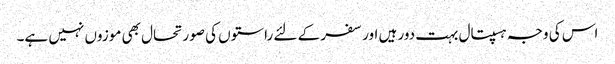
اس کی وجہ ہسپتال بہت دور ہیں اور سفر کے لئے راستوں کی صورتحال بھی موزوں نہیں ہے۔